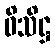
ဝိသိဋ္ဌ